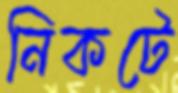
নিকটে